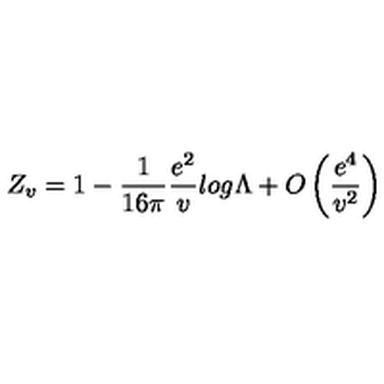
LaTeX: Z _ { v } = 1 - \frac { 1 } { 1 6 \pi } \frac { e ^ { 2 } } { v } l o g \Lambda + O \left( \frac { e ^ { 4 } } { v ^ { 2 } } \right)